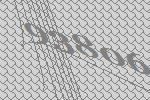
93806